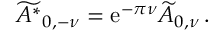
\widetilde { A ^ { * } } _ { 0 , - \nu } = \mathrm { e } ^ { - \pi \nu } \widetilde { A } _ { 0 , \nu } \, .